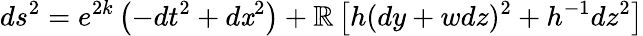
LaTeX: ds^{2}=e^{2k}\left(-dt^{2}+d\mathit{x}^{2}\right)+\mathbb{R}\left[h(dy+wdz)^{2}+h^{-1}dz^{2}\right]